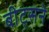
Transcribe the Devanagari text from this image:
बीट्सने